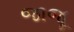
જાજૂ